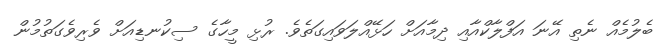
ބެލުމެއް ނެތި އޭނަ އަފްލާކްއާއި ދިމާއަށް ހަޅޭއްލަވައިގަތެވެ. ރުޅި މީހާގެ ސިކުނޑިއަށް ވެރިވެގަތުމުން